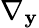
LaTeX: \nabla_{\mathbf{y}}